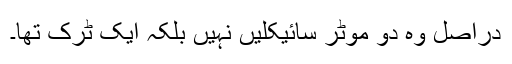
دراصل وہ دو موٹر سائیکلیں نہیں بلکہ ایک ٹرک تھا۔